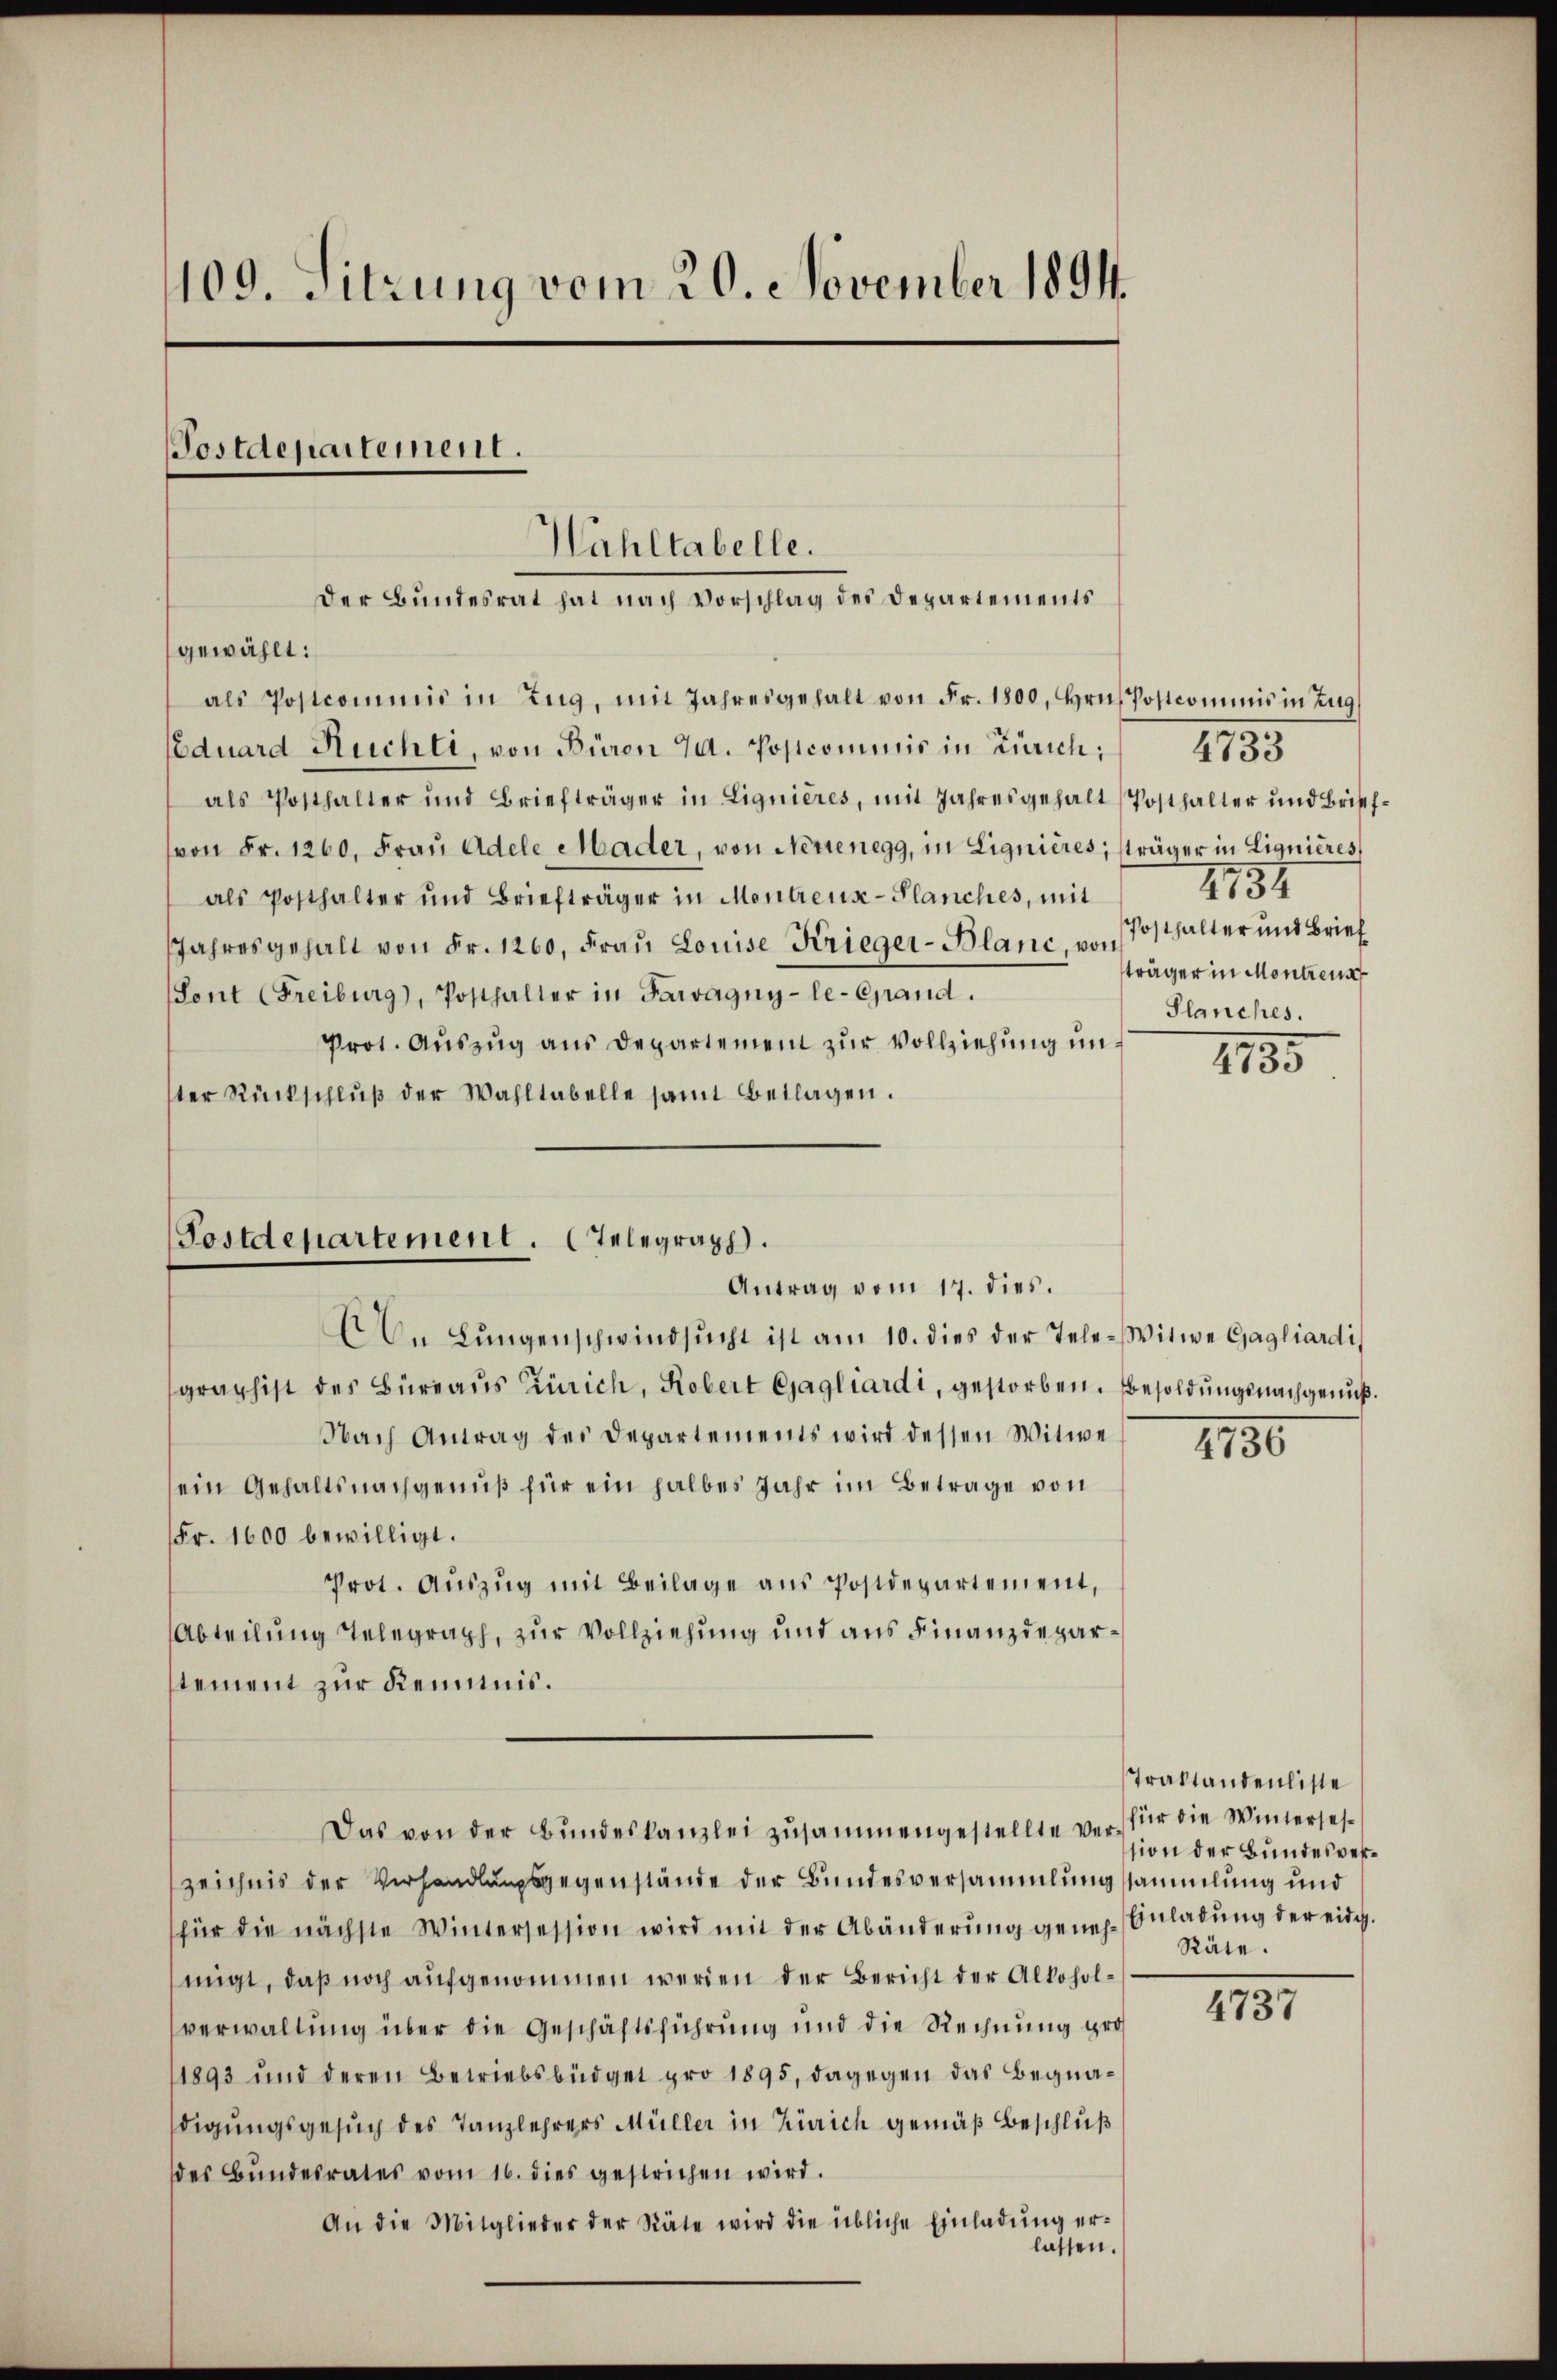
109. Sitzung vom 20. November 1894.

Hahltabelle.
Der Bundesrat hat nach Vorschlag des Departements
gewählt:

Postdepartement.

als Postcommis in Zŭg, mit Jahresgehalt von Fr. 1800, Hrn. Postcommis in Zug
Eduard Ruchli, von Büron J. Postcommis in Zürich;
als Posthalter und Briefträger in Lignieres, mit Jahresgehalt Posthalter und Brief-
von Fr. 1260. Fraŭ Adele Mader, von Nettenegg, in Lignières, sträger in Lignières
als Posthalter und Briefträger in Montreux-Planches, mit
Jahresgehalt von Fr. 1260, Frau Louise Krieger-Blanc, von Posthalter und Brief
Sont (Freiburg), Posthalter in Pawagny-le-Cand.
Prot. Aŭszŭg ans Departement zŭr Vollziehŭng ŭn-
ter Rückschlŭβ der Wahltabelle samt Beilagen.

Postdepartement. Telegraph.
Antrag vom 17. dies.

An Lŭngenschwindsŭcht ist am 10. dies der Tele-Witwe Gagliardi
graphist des Büreaus Zürich, Robert Gjagliardi, gestorben. Besoldungsnachgenuß.
Nach Antrag des Departements wird dessen Witwe
ein Gehaltsnachgenuß für ein halbes Jahr im Betrage von
Fr. 1600 bewilligt.
Prot. Auszug mit Beilage aus Postdepartement,
Abteilung Telegraph, zur Vollziehung und aus Finanzdeparstement zur Kenntnis.
Das von der Bŭndeskanzlei zusammengestellte Verzeichnis der Verhandlungsgegenstände der Bundesversammlungssammlung und
für die nächste Wintersession wird mit der Abänderŭng geneh-Anladŭng der eidg.
migt, daß noch aufgenommen werden der Bericht der Alkoholverwaltung über die Geschäftsführung und die Rechnung gro¬
1893 und deren Betriebsbüdget pro 1895, dagegen das Begnadigungsgesuch des Tanzlehrers Müller in Zürich gemäß Beschluß
des Bŭndesrates vom 16. dies gestrichen wird.
An die Mitglieder der Räte wird die übliche Einladŭng er-

lassen.

4735
4754
träger in Montrenn
Planches.

1135

1130

Traktandenliste
für die Winterselsion der Bundesver¬
Räte.

4737